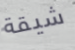
شيقة